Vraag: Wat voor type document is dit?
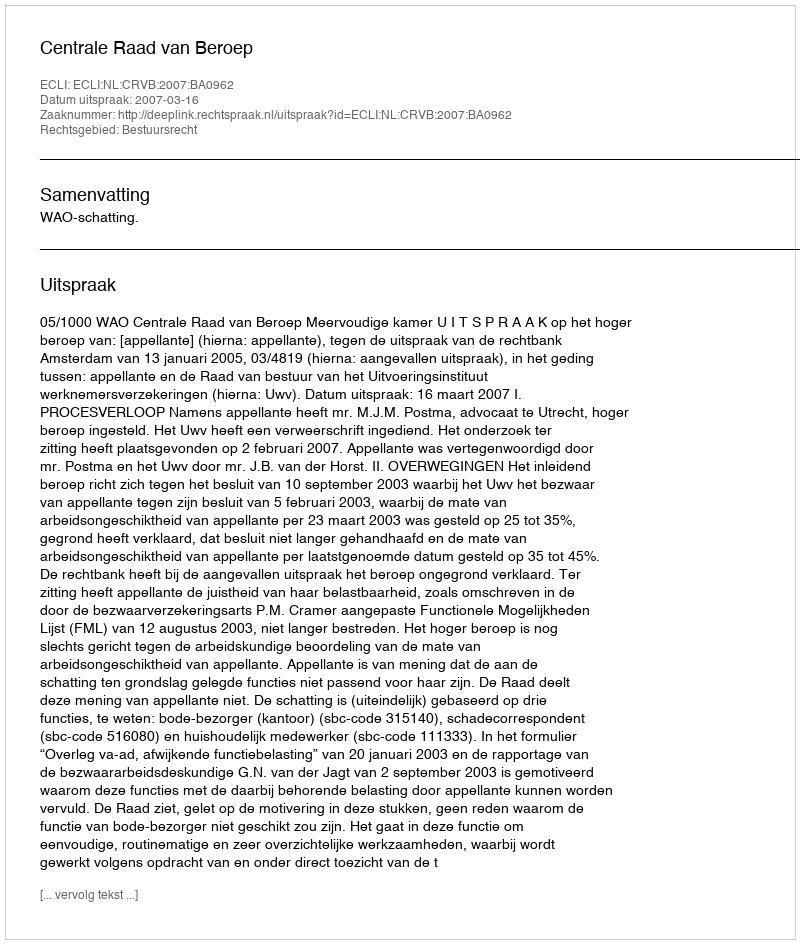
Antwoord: Uitspraak